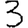
Digit: 3